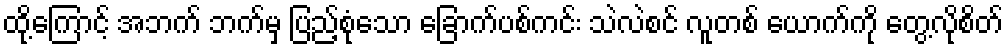
ထို့ကြောင့် အဘက် ဘက်မှ ပြည့်စုံသော ခြောက်ပစ်ကင်း သဲလဲစင် လူတစ် ယောက်ကို တွေ့လိုစိတ်